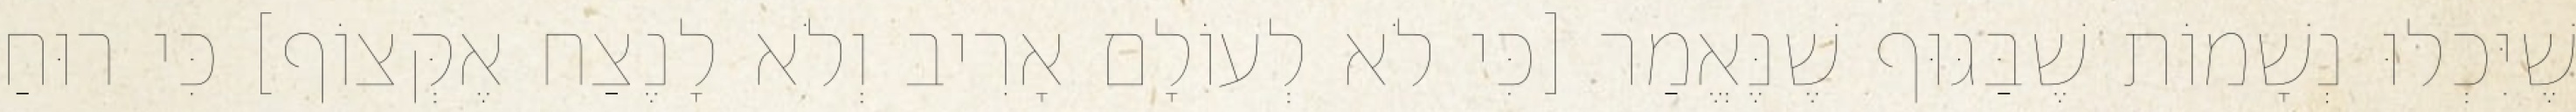
שֶׁיִּכְלוּ נְשָׁמוֹת שֶׁבַּגּוּף שֶׁנֶּאֱמַר [כִּי לֹא לְעוֹלָם אָרִיב וְלֹא לָנֶצַח אֶקְּצוֹף] כִּי רוּחַ